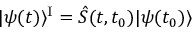
| \psi ( t ) \rangle ^ { \mathrm { I } } = \hat { S } ( t , t _ { 0 } ) | \psi ( t _ { 0 } ) \rangle